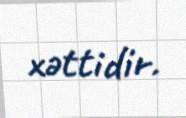
xəttidir.